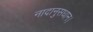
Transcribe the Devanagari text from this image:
नादानुसधान।